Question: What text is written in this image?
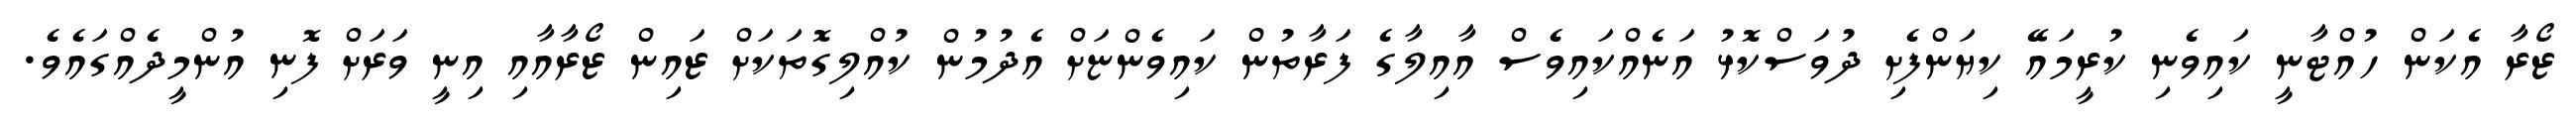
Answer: ޒޯރާ އެކަން ހުއްޓާނީ ކައިވެނި ކުރީމައޭ ކިޔަންފެށި ދުވަސްކޮޅު އަނެއްކައިވެސް އާއިލާގެ ފަރާތުން ކައިވެންޏަށް އެދުމުން ކުއްލިގޮތަކަށް ޒައިން ޒޯރާއާއި އިނީ ވަރަށް ފޮނި އުންމީދެއްގައެވެ.